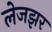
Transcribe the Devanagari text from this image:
लेजझर